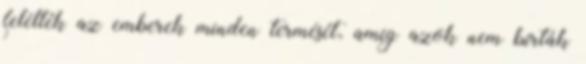
felélték az emberek minden termését, amíg azok nem bírták